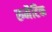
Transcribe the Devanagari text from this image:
रुमैटिक